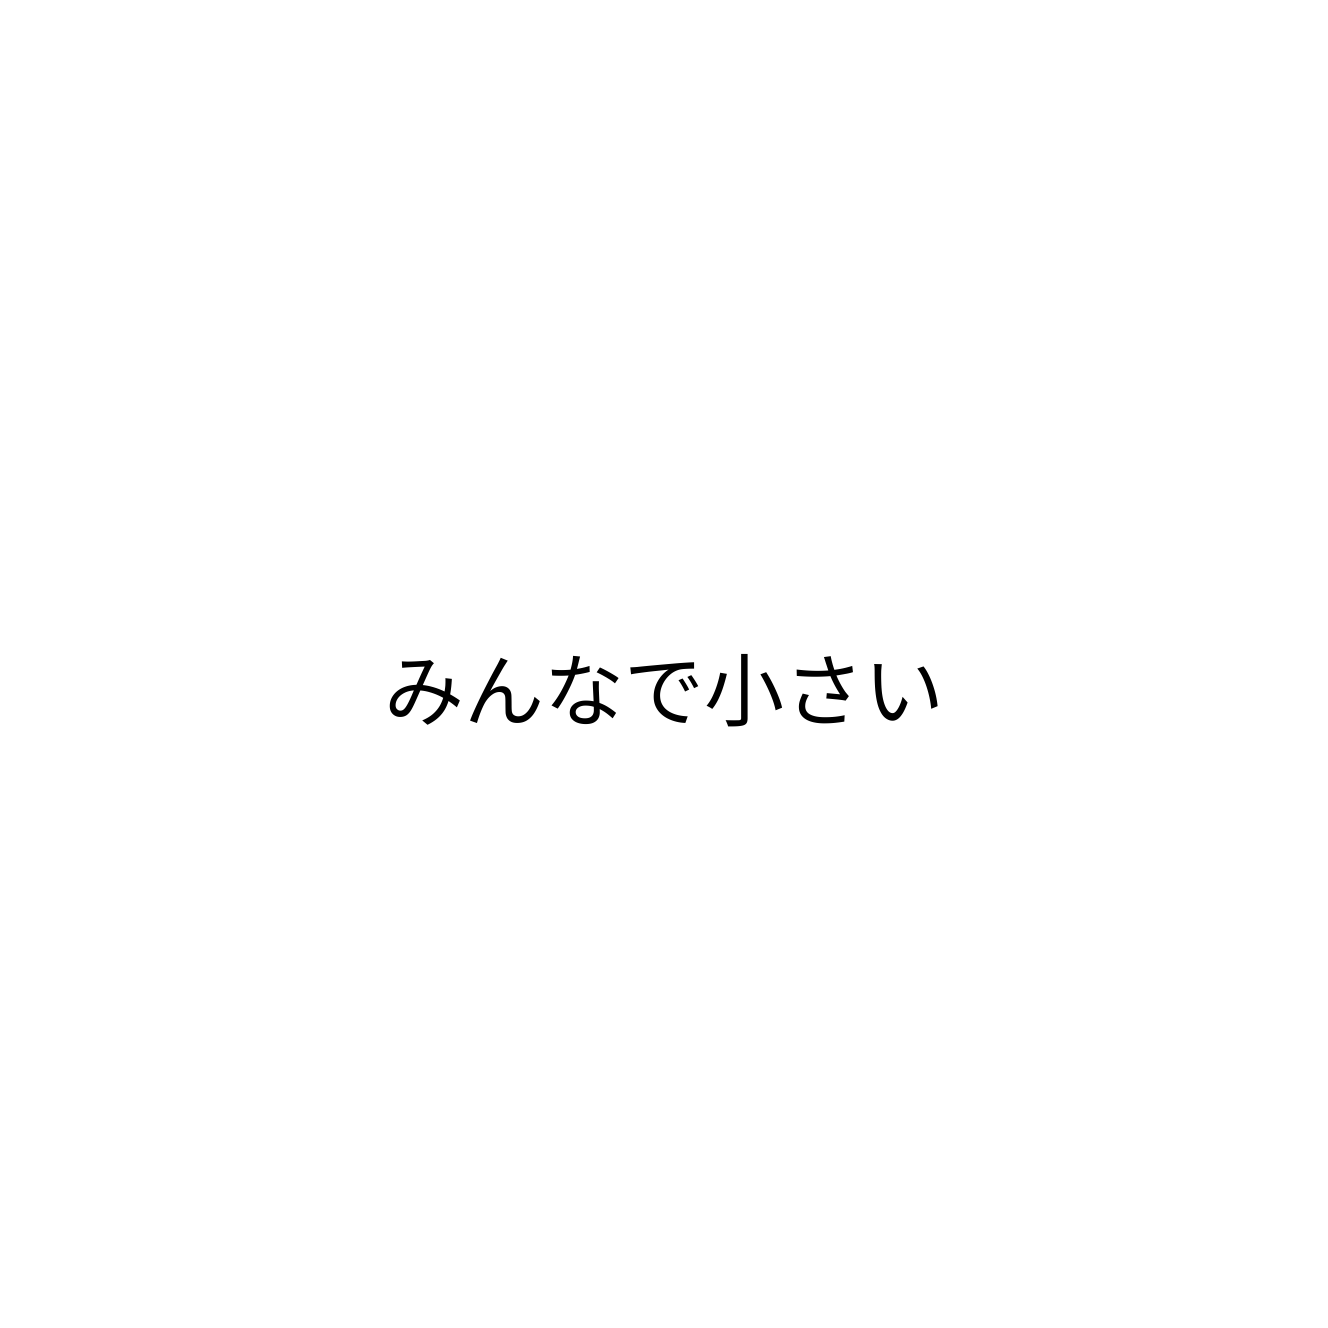
みんなで小さい